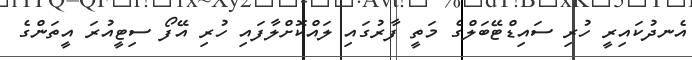
އެނދުކައިރީ ހުރި ސައިޑްޓޭބަލްގެ މަތީ ފާރުގައި ލައްކޮށްލާފައި ހުރި އޭފޯ ސިޓީއުރަ އީތަންގެ